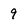
Character: 9